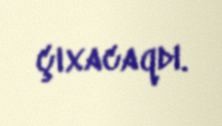
çıxacaqdı.